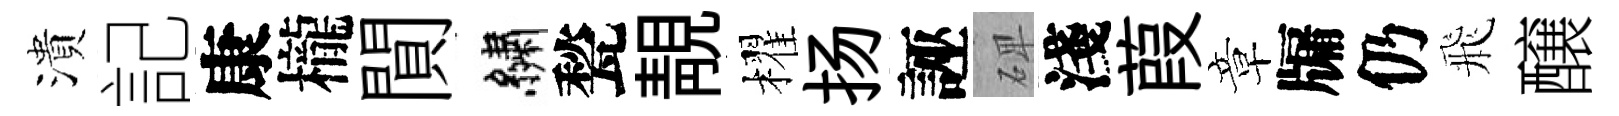
潰記康櫳閴繡甃靚櫂扬誣𥓓淺葭章牖仍飛醸